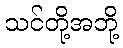
သင်တို့အဘို့